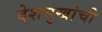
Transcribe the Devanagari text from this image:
देशमुखांची